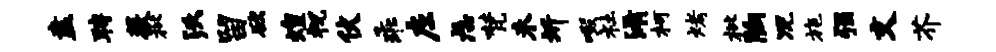
盍聘薇枇沃留欲煌祝伏乖左忐梵未圻啜社淆柯烤枇胸况旄强文芥